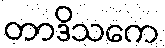
တာဒိသကေ